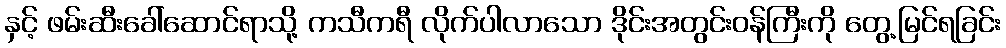
နှင့် ဖမ်းဆီးခေါ်ဆောင်ရာသို့ ကသီကရီ လိုက်ပါလာသော ဒိုင်းအတွင်းဝန်ကြီးကို တွေ့မြင်ရခြင်း